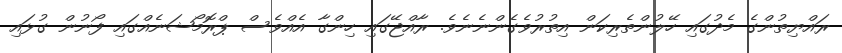
ރައްޔިތުންގެ މެދުގައި ހޭލުންތެރިކަން އިތުރުވެގެންނެނެވެ. ރާއްޖޭގައި ހިންގާ އެއްވެސް ޕްރޮމޯޝަނެއްގައި ފޯނުން ގުޅައި